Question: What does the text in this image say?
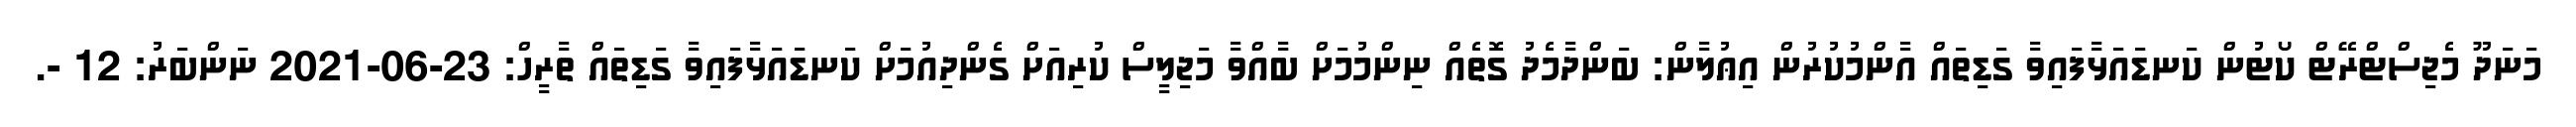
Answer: މަނަދޫ މެޖިސްޓްރޭޓް ކޯޓުން ކަނޑައަޅާފައިވާ ގަޑިތައް އާންމުކުރުން އިޢުލާން: ބަންދާމެދު ގޮތެއް ނިންމުމަށް ބާއްވާ މަޖިލީސް ކުރިއަށް ގެންދިއުމަށް ކަނޑައަޅާފައިވާ ގަޑިތައް ތާރީހް: 23-06-2021 ނަންބަރު: 12 -.